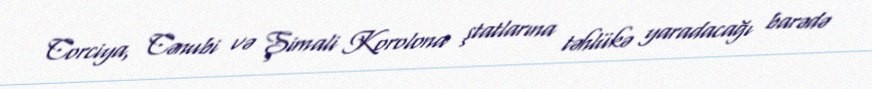
Corciya, Cənubi və Şimali Korolona ştatlarına təhlükə yaradacağı barədə